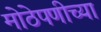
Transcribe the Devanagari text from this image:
मोठेपणीच्या